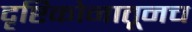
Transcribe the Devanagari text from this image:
दृष्टिकोनातूनच